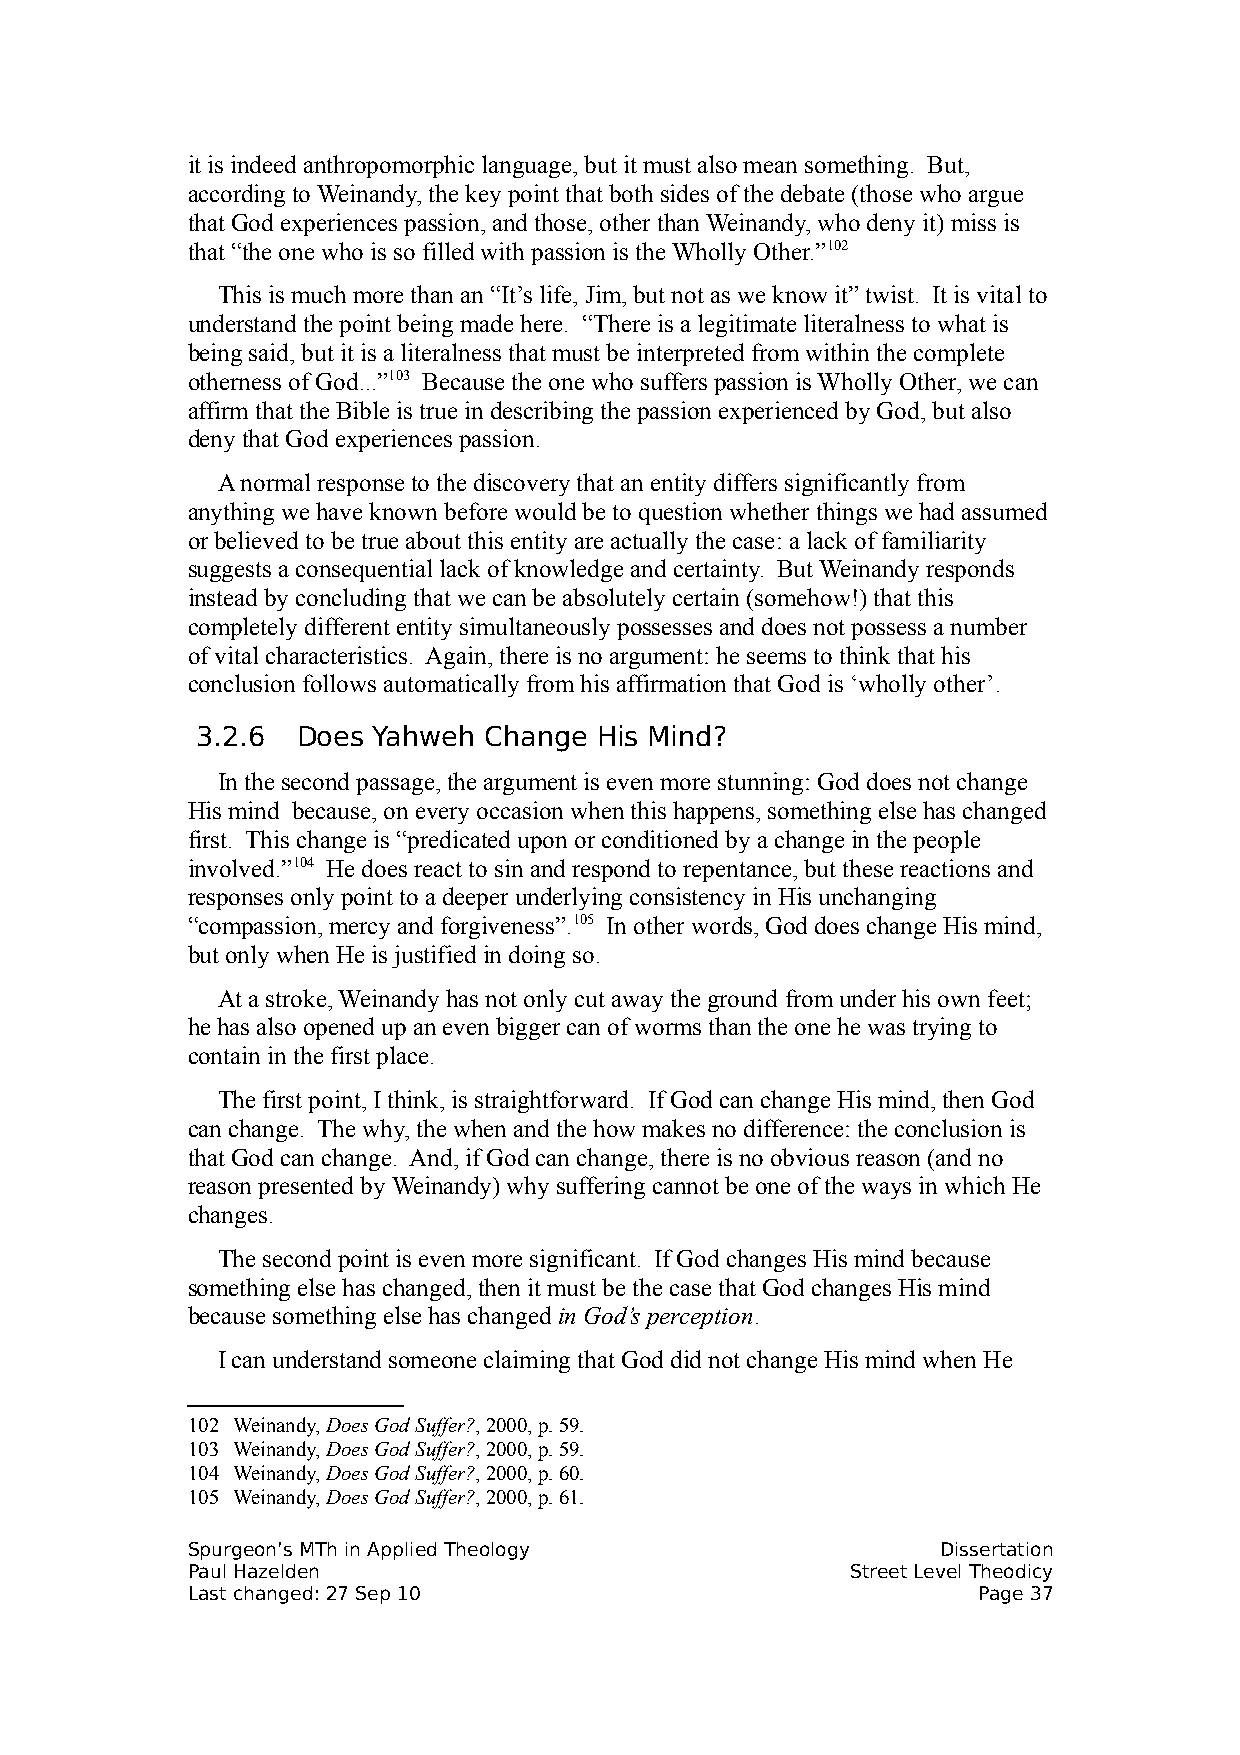
it is indeed anthropomorphic language, but it must also mean something. But,
 according to Weinandy, the key point that both sides of the debate (those who argue
 that God experiences passion, and those, other than Weinandy, who deny it) miss is
 that “the one who is so filled with passion is the Wholly Other.”102
 This is much more than an “It’s life, Jim, but not as we know it” twist. It is vital to
 understand the point being made here. “There is a legitimate literalness to what is
 being said, but it is a literalness that must be interpreted from within the complete
 otherness of God...”103 Because the one who suffers passion is Wholly Other, we can
 affirm that the Bible is true in describing the passion experienced by God, but also
 deny that God experiences passion.
 A normal response to the discovery that an entity differs significantly from
 anything we have known before would be to question whether things we had assumed
 or believed to be true about this entity are actually the case: a lack of familiarity
 suggests a consequential lack of knowledge and certainty. But Weinandy responds
 instead by concluding that we can be absolutely certain (somehow!) that this
 completely different entity simultaneously possesses and does not possess a number
 of vital characteristics. Again, there is no argument: he seems to think that his
 conclusion follows automatically from his affirmation that God is ‘wholly other’.
 3.2.6  Does Yahweh Change His Mind?
 In the second passage, the argument is even more stunning: God does not change
 His mind because, on every occasion when this happens, something else has changed
 first. This change is “predicated upon or conditioned by a change in the people
 involved.”104 He does react to sin and respond to repentance, but these reactions and
 responses only point to a deeper underlying consistency in His unchanging
 “compassion, mercy and forgiveness”.105 In other words, God does change His mind,
 but only when He is justified in doing so.
 At a stroke, Weinandy has not only cut away the ground from under his own feet;
 he has also opened up an even bigger can of worms than the one he was trying to
 contain in the first place.
 The first point, I think, is straightforward. If God can change His mind, then God
 can change. The why, the when and the how makes no difference: the conclusion is
 that God can change. And, if God can change, there is no obvious reason (and no
 reason presented by Weinandy) why suffering cannot be one of the ways in which He
 changes.
 The second point is even more significant. If God changes His mind because
 something else has changed, then it must be the case that God changes His mind
 because something else has changed in God’s perception.
 I can understand someone claiming that God did not change His mind when He
 102 Weinandy, Does God Suffer?, 2000, p. 59.
 103 Weinandy, Does God Suffer?, 2000, p. 59.
 104 Weinandy, Does God Suffer?, 2000, p. 60.
 105 Weinandy, Does God Suffer?, 2000, p. 61.
 Spurgeon’s MTh in Applied Theology                Dissertation
 Paul Hazelden                               Street Level Theodicy
 Last changed: 27 Sep 10                              Page 37